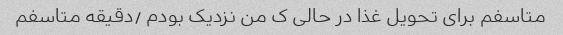
متاسفم برای تحویل غذا در حالی ‌ک من نزدیک بودم ٫دقیقه متاسفم